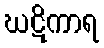
ဃဋိကာရ